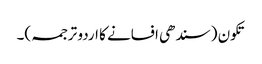
تکون (سندھی افسانے کا اردو ترجمہ)۔